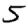
Digit: 5